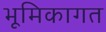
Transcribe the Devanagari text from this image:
भूमिकागत